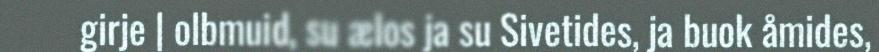
girje | olbmuid, su ælos ja su Sivetides, ja buok åmides,